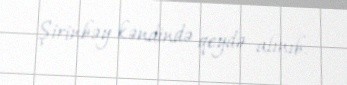
Şirinbəy kəndində qeydə alınıb.